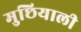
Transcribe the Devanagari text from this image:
मुछियाली